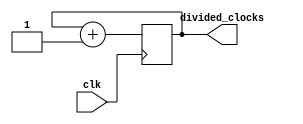
/*
Author:  Katie Neff
Title: 	 clockdiv
Summary: This divides the clock to slow it down. divided_clocks[0] = 25MHz, 
		 [1] = 12.5Mhz, ... [23] = 3Hz, [24] = 1.5Hz, [25] = 0.75Hz, ... 
*/

module clockdiv(divided_clocks, clk);
	input clk; // Clock that is passed in
	output reg [31:0] divided_clocks; // Outputs a slower clock

	initial
	divided_clocks = 0;
 
	// Division logic
	always @(posedge clk)
		divided_clocks = divided_clocks + 1;
		
endmodule